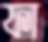
ফা